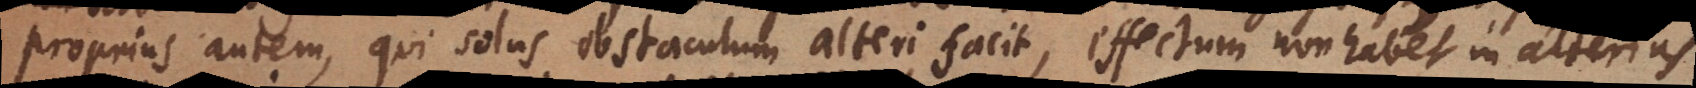
proprius autem, qui solus obstaculum alteri facit, effectum non habet in cor